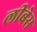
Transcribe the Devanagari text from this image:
लीबेस